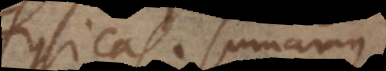
physicas. Sumamus